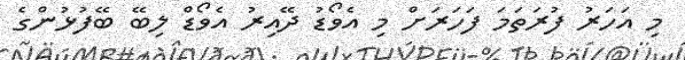
މި އަހަރު ފުރަތަމަ ފަހަރަށް މި އެވޯޑު ދޭއިރު އެވޯޑް ލިބޭ ބޭފުޅުންގެ